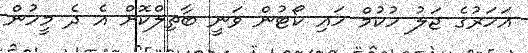
އަހަރުގެ ޖަލު ހުކުމް ހައި ކޯޓުން ވަނީ ބާތިލްކޮށް އެ ދެ މީހުން